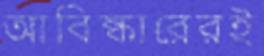
আবিষ্কারেরই